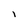
Character: l